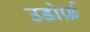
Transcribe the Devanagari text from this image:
उडोर्फ़